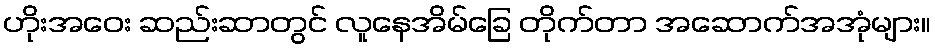
ဟိုးအဝေး ဆည်းဆာတွင် လူနေအိမ်ခြေ တိုက်တာ အဆောက်အအုံများ။